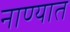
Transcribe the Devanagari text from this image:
नाण्यात